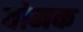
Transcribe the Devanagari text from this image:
वोमक